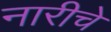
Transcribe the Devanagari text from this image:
नारीचे